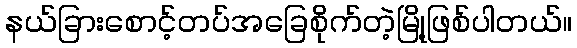
နယ်ခြားစောင့်တပ်အခြေစိုက်တဲ့မြို့ဖြစ်ပါတယ်။